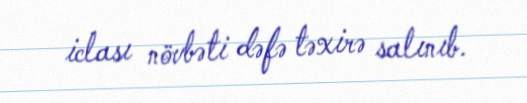
iclası növbəti dəfə təxirə salınıb.